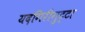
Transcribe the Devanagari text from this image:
यदगिरीगुट्टा